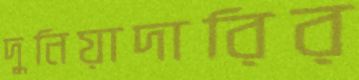
দুনিয়াদারির